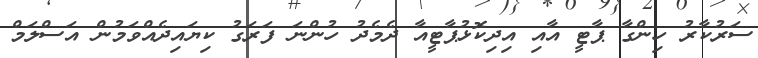
ސަރުކާރު ހިންގާ ޕާޓީ އާއި އިދިކޮޅުޕާޓީއާ ދެމެދު ހުންނަ ފަރަގު ކިޔައިދެއްވަމުން އަސްލަމް